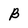
Character: B